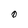
Character: O